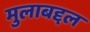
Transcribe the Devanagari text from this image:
मुलाबद्दल